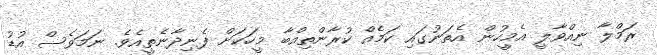
ރަމްލާ ނިއްވާލީ އެމީހުން އެތަނުގައި ކަމެއް ކުރާންތިއްބާ މީހަކަށް ފެނިދާނެތީއެވެ. ނަމަވެސް އުޑު